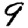
Digit: 9